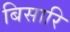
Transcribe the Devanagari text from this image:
बिसारि